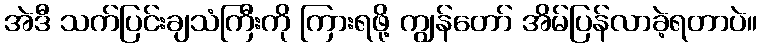
အဲဒီ သက်ပြင်းချသံကြီးကို ကြားရဖို့ ကျွန်တော် အိမ်ပြန်လာခဲ့ရတာပဲ။